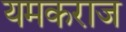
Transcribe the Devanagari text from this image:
यमकराज